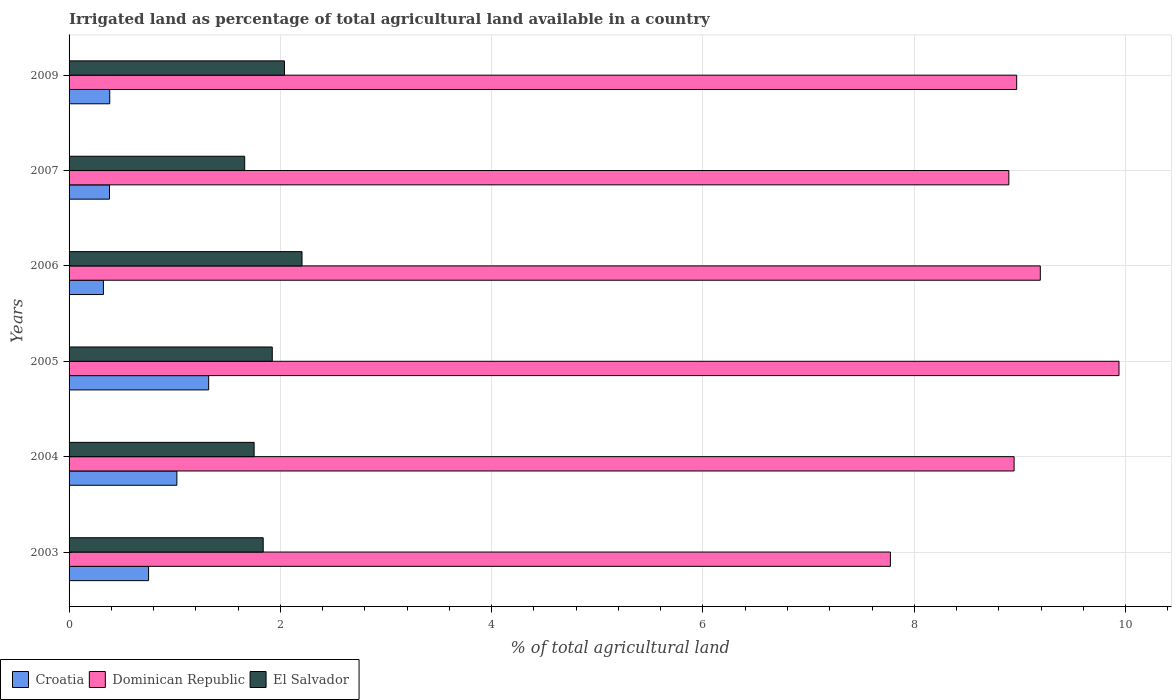
| Years | Croatia | Dominican Republic | El Salvador |
 | --- | --- | --- | --- |
 | 2003 | 0.753 | 7.77 | 1.84 |
 | 2004 | 1.02 | 8.94 | 1.75 |
 | 2005 | 1.32 | 9.94 | 1.92 |
 | 2006 | 0.325 | 9.19 | 2.2 |
 | 2007 | 0.383 | 8.9 | 1.66 |
 | 2009 | 0.385 | 8.97 | 2.04 |